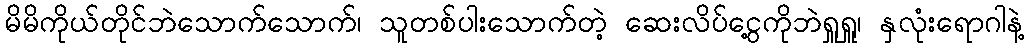
မိမိကိုယ်တိုင်ဘဲသောက်သောက်၊ သူတစ်ပါးသောက်တဲ့ ဆေးလိပ်ငွေ့ကိုဘဲရှူရှူ၊ နှလုံးရောဂါနဲ့